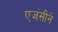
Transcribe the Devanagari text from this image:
एजंसीने